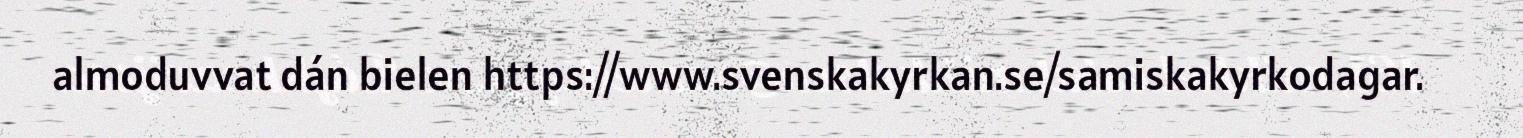
almoduvvat dán bielen https://www.svenskakyrkan.se/samiskakyrkodagar.